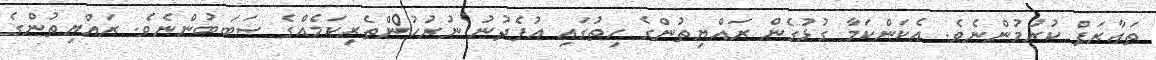
ތައާރަފް ކުރުމުންނެވެ. އެކަންކަމާ ގުޅުގެން ރައްޔިތުންގެ ހިތުގައި އުފެދުނު ނުރުހުންތެރިކަމެއްގެ ސަބަބުންނެވެ. ރައްޔިތުންގެ